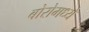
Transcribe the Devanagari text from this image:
बोरोमध्ये